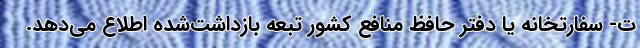
ت- سفارتخانه یا دفتر حافظ منافع کشور تبعه بازداشت‌شده اطلاع می‌دهد.